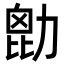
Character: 㔡